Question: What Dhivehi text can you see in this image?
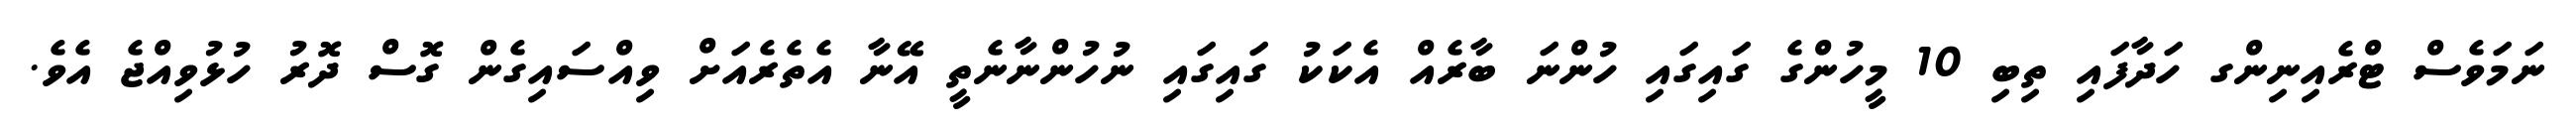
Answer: ނަމަވެސް ޓްރެއިނިންގ ހަދާފައި ތިބި 10 މީހުންގެ ގައިގައި ހުންނަ ބާރެއް އެކަކު ގައިގައި ނުހުންނާނެތީ އޭނާ އެތެރެއަށް ވިއްސައިގެން ގޮސް ދޮރު ހުޅުވިއްޖެ އެވެ.